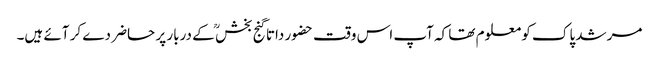
مرشد پاک کو معلوم تھا کہ آپ اس وقت حضور داتا گنج بخش ؒ کے دربار پر حاضر دے کر آئے ہیں۔